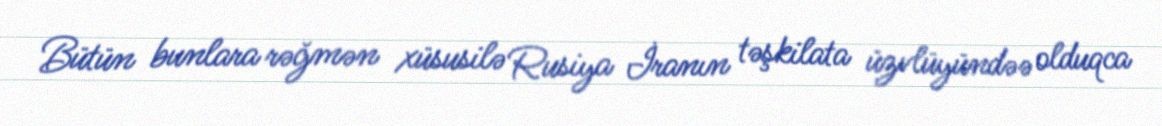
Bütün bunlara rəğmən xüsusilə Rusiya İranın təşkilata üzvlüyündəə olduqca